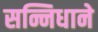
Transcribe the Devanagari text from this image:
सन्निधाने